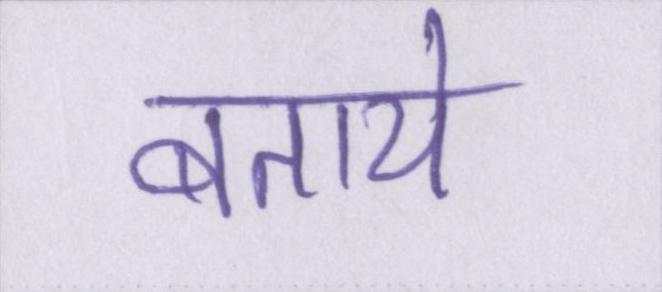
बताये